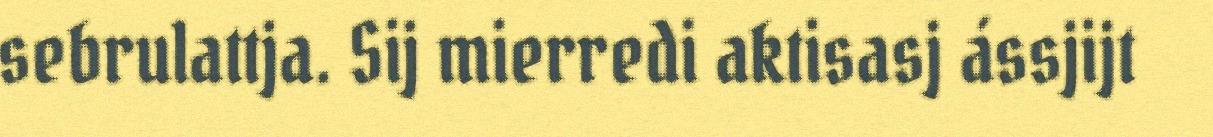
sebrulattja. Sij mierredi aktisasj ássjijt